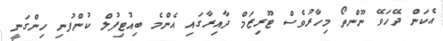
އެކަން ދޭހަވޭ ނޫންތޯ މިހާރުވެސް ޓޫރިޒަމް ދާއިރާގައި އެންމެ ބިއުޓިފުލް ކުންފުނި ހިންގަނީ